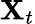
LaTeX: \mathbf{X}_{t}